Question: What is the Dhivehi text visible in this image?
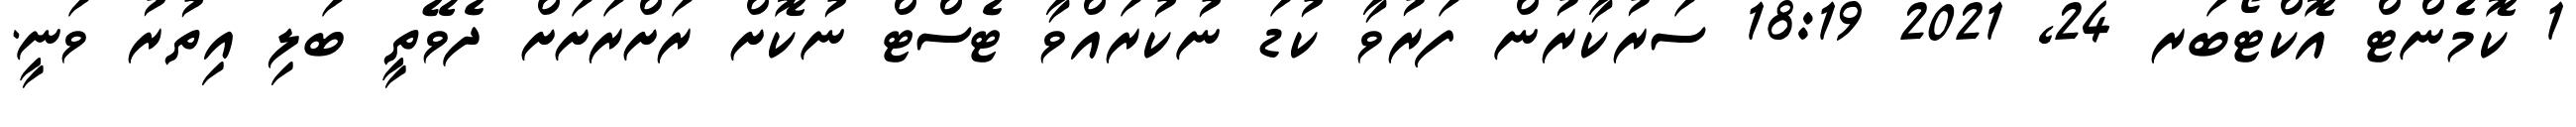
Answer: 1 ކޮމެންޓް އޮކްޓޯބަރ 24, 2021 18:19 ސަރުކާރުން ފަރުވާ ކުޑަ ނުކުރައްވާ ޓެސްޓް ނުކޮށް ރަށްރަށަށް ދެވޭތީ ބަލި އިތުރު ވަނީ.